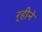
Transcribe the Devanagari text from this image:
ऱ्हीने